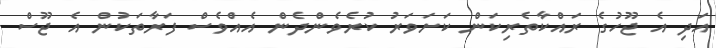
އަދި އެ ޖޫހުގެ ރައްކާތެރިކަން ކަށަވަރު ކުރެވެންދެން އެއްވެސް ފަރާތަކުން އެ ޖޫސް